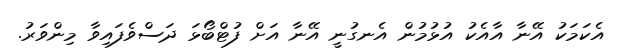
އެކަމަކު އޭނާ އާއެކު އުޅުމުން އެނގުނީ އޭނާ އަށް ފުޓްބޯޅަ ދަސްވެފައިވާ މިންވަރު.